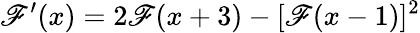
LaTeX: \mathscr{F}^{\prime}(x)=2\mathscr{F}(x+3)-[\mathscr{F}(x-1)]^{2}